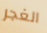
الغجر